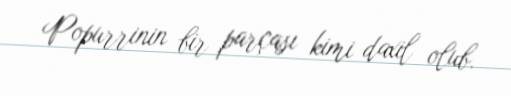
Popurrinin bir parçası kimi daxil olub.